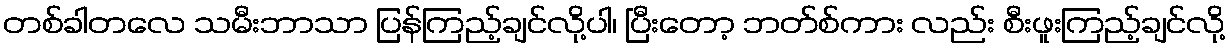
တစ်ခါတလေ သမီးဘာသာ ပြန်ကြည့်ချင်လို့ပါ၊ ပြီးတော့ ဘတ်စ်ကား လည်း စီးဖူးကြည့်ချင်လို့